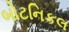
બોટનિકલ